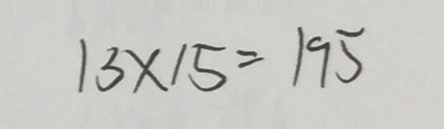
1 3 \times 1 5 = 1 9 5